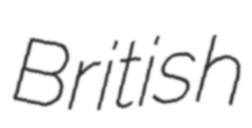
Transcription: British